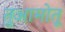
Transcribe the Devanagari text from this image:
तुआमोतू